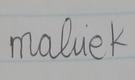
Signature authenticity: forged